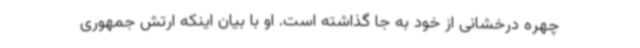
چهره درخشانی از خود به جا گذاشته است. او با بیان اینکه ارتش جمهوری